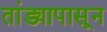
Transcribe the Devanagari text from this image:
तांड्यापासून